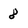
Character: 8